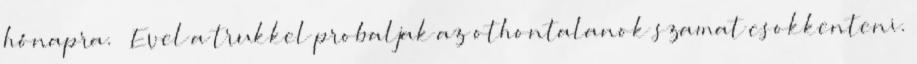
hónapra.” „Evel a trukkel probaljak az othontalanok szamat csokkenteni.